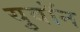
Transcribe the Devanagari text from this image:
युवॉन